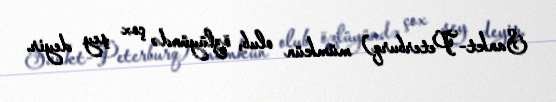
Sankt-Peterburq) mümkün olub, özlüyündə çox şey deyir.